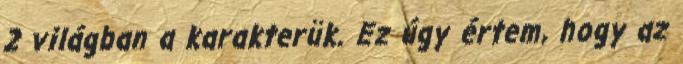
2 világban a karakterük. Ez úgy értem, hogy az